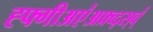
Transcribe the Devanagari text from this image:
ह्फ्गीअए॑अफ्र्व्द्स्व्॑